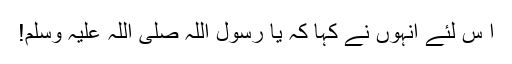
ا س لئے انہوں نے کہا کہ یا رسول اللہ صلی اللہ علیہ وسلم!